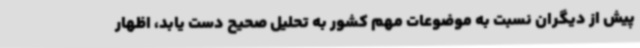
پیش از دیگران نسبت به موضوعات مهم کشور به تحلیل صحیح دست یابد، اظهار